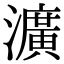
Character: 瀇